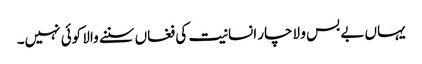
یہاں بے بس و لاچار انسانیت کی فغاں سننے والا کوئی نہیں۔